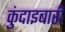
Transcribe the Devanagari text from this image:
कुंदाइबारी